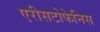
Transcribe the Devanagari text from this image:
एरीसटोफेनिस